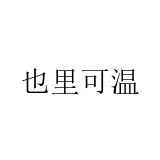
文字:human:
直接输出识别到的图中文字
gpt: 也里可温